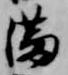
満